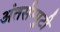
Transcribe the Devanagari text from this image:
अंतर्सम्पुटी